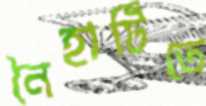
নৈহাটিতে